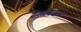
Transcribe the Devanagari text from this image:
टेलविजन